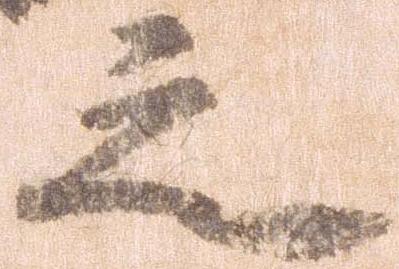
之